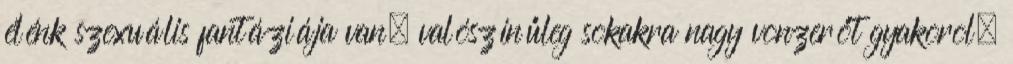
élénk szexuális fantáziája van, valószínűleg sokakra nagy vonzerőt gyakorol.